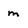
Character: m